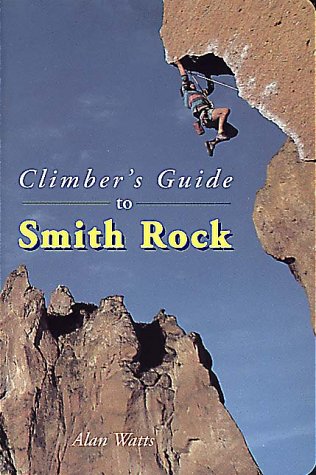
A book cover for Climber's Guide to Smith Rock; Alan Watts; Travel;